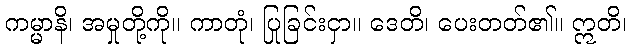
ကမ္မာနိ၊ အမှုတို့ကို။ ကာတုံ၊ ပြုခြင်းငှာ။ ဒေတိ၊ ပေးတတ်၏။ ဣတိ၊